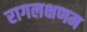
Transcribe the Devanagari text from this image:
रागलक्षणम